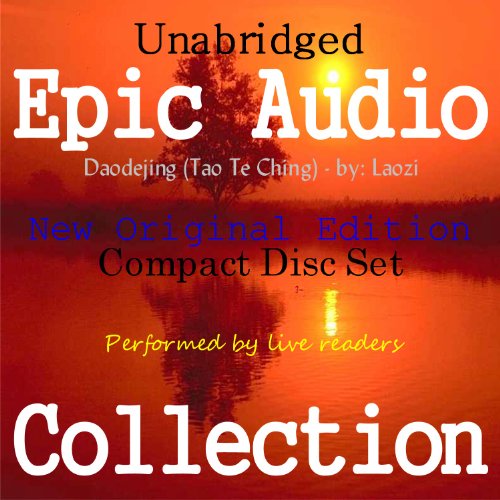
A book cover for Daodejing (Tao Te Ching) [Epic Audio Collection]; Laozi; Religion & Spirituality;